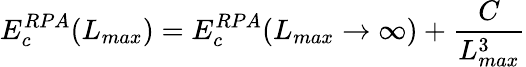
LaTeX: E_{c}^{RPA}(L_{max})=E_{c}^{RPA}(L_{max}\rightarrow{\infty})+\frac{C}{L_{max}^{3}}